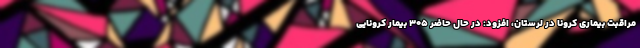
مراقبت بیماری کرونا در لرستان، افزود: در حال حاضر ۳۰۵ بیمار کرونایی